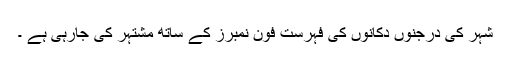
شہر کی درجنوں دکانوں کی فہرست فون نمبرز کے ساتھ مشتہر کی جارہی ہے ۔